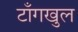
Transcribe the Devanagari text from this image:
टाँगखुल